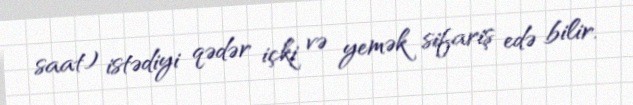
saat) istədiyi qədər içki və yemək sifariş edə bilir.